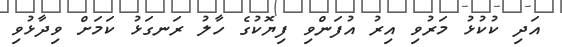
އަދި ކުކުޅު މަރުވި އިރު އުފަންވި ފިޔޮކުގެ ހާލު ރަނގަޅު ކަމަށް ވިދާޅުވި